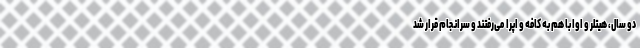
دو سال، هیتلر و اوا با هم به کافه و اپرا می‌رفتند و سرانجام قرار شد